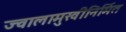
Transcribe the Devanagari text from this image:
ज्वालामुखीनिर्मित